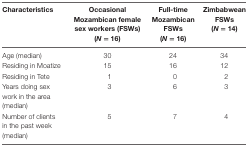
| Characteristics | Occasional Mozambican female sex workers (FSWs) (N = 16) | Full-time Mozambican FSWs (N = 16) | Zimbabwean FSWs (N = 14) |
 | --- | --- | --- | --- |
 | Age (median) | 30 | 24 | 34 |
 | Residing in Moatize | 15 | 16 | 12 |
 | Residing in Tete | 1 | 0 | 2 |
 | Years doing sex work in the area (median) | 3 | 6 | 3 |
 | Number of clients in the past week (median) | 5 | 7 | 4 |